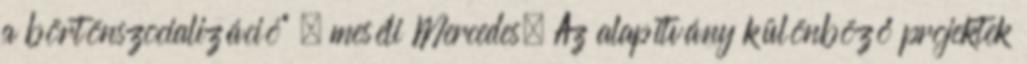
a börtönszocializáció” – meséli Mercedes. Az alapítvány különböző projektek